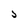
Character: J